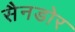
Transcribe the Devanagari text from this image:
सैनडोर